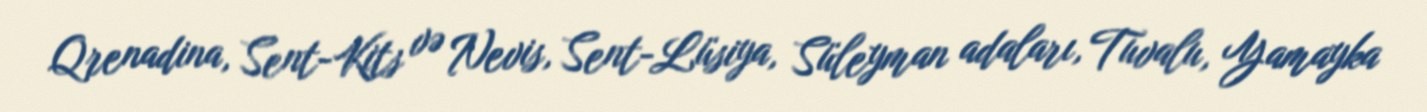
Qrenadina, Sent-Kits və Nevis, Sent-Lüsiya, Süleyman adaları, Tuvalu, Yamayka